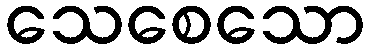
သေစေသော